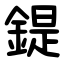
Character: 鍉